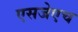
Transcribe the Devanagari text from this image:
एसजेएच